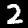
Label: 2